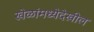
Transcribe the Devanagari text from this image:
खेळांमध्येदेखील